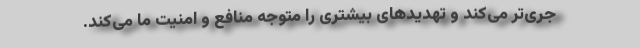
جری‌تر می‌کند و تهدیدهای بیشتری را متوجه منافع و امنیت ما می‌کند.